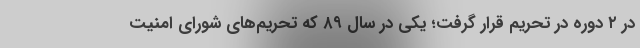
در ۲ دوره در تحریم قرار گرفت؛ یکی در سال ۸۹ که تحریم‌های شورای امنیت